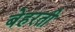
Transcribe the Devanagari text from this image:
बेहरती